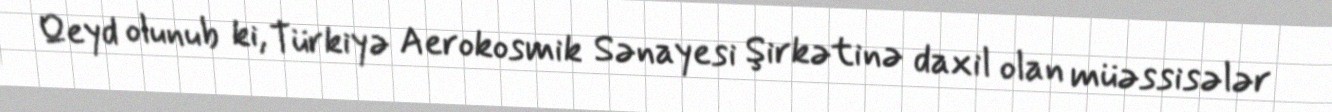
Qeyd olunub ki, Türkiyə Aerokosmik Sənayesi Şirkətinə daxil olan müəssisələr